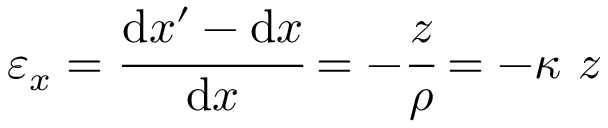
\varepsilon _ { x } = { \cfrac { \mathrm { d } x ^ { \prime } - \mathrm { d } x } { \mathrm { d } x } } = - { \cfrac { z } { \rho } } = - \kappa ~ z